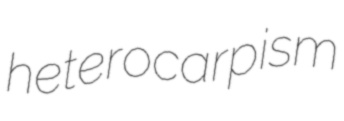
heterocarpism